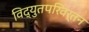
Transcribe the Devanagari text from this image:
विद्युतपरिवर्तन